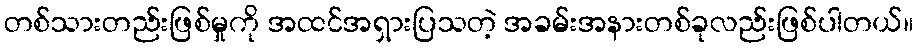
တစ်သားတည်းဖြစ်မှုကို အထင်အရှားပြသတဲ့ အခမ်းအနားတစ်ခုလည်းဖြစ်ပါတယ်။